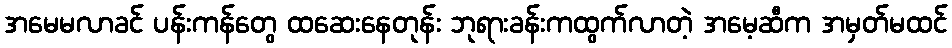
အမေမလာခင် ပန်းကန်တွေ ထဆေးနေတုန်း ဘုရားခန်းကထွက်လာတဲ့ အမေ့ဆီက အမှတ်မထင်